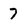
Character: 7